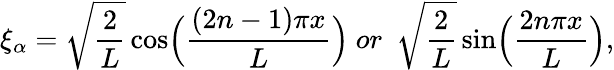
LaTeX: \xi_{\alpha}=\sqrt{\frac{2}{L}}\cos\Bigl(\frac{(2n-1)\pi x}{L}\Bigr){}~or~~\sqrt{\frac{2}{L}}\sin\Bigl(\frac{2n\pi x}{L}\Bigr),